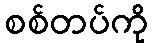
စစ်တပ်ကို